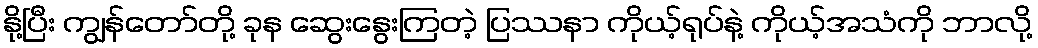
နို့ပြီး ကျွန်တော်တို့ ခုန ဆွေးနွေးကြတဲ့ ပြဿနာ ကိုယ့်ရုပ်နဲ့ ကိုယ့်အသံကို ဘာလို့